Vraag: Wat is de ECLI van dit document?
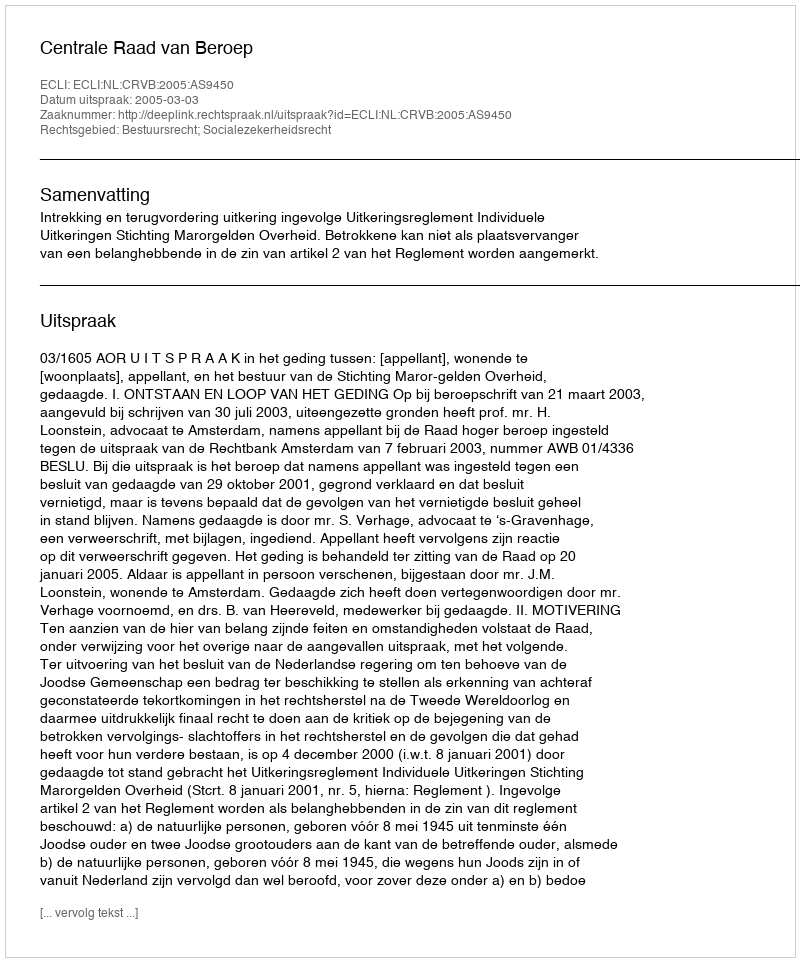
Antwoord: ECLI:NL:CRVB:2005:AS9450